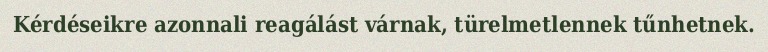
Kérdéseikre azonnali reagálást várnak, türelmetlennek tűnhetnek.